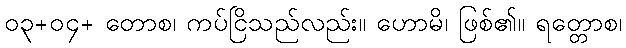
၀၃+၀၄+ တောစ၊ ကပ်ငြိသည်လည်း။ ဟောမိ၊ ဖြစ်၏။ ရတ္တောစ၊